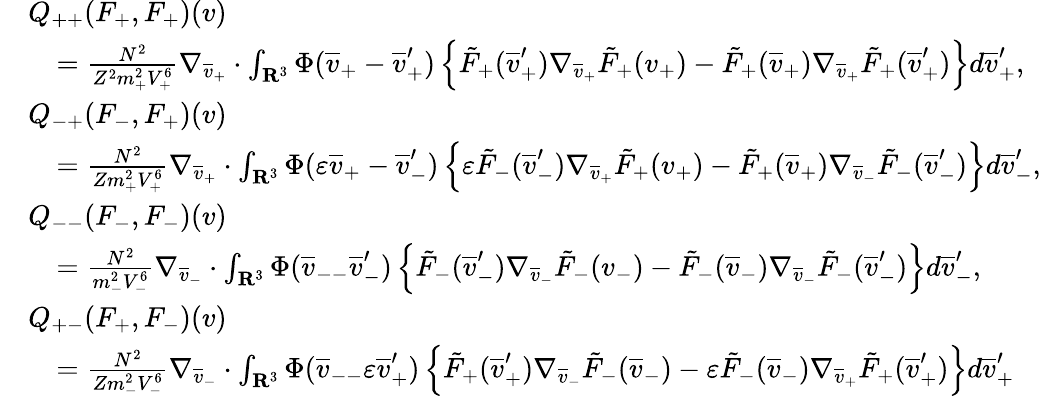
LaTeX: \begin{array}{rl}&{Q_{++}(F_{+},F_{+})(v)}\\ &{\quad=\frac{N^{2}}{Z^{2}m_{+}^{2}V_{+}^{6}}\nabla_{\overline{v}_{+}}\cdot\int_{\mathbf R^{3}}\Phi(\overline{v}_{+}-\overline{v}_{+}^{\prime})\left\{ \tilde{F}_{+}(\overline{v}_{+}^{\prime})\nabla_{\overline{v}_{+}}\tilde{F}_{+}(v_{+})-\tilde{F}_{+}(\overline{v}_{+})\nabla_{\overline{v}_{+}}\tilde{F}_{+}(\overline{v}_{+}^{\prime})\right\} d\overline{v}_{+}^{\prime},}\\ &{Q_{-+}(F_{-},F_{+})(v)}\\ &{\quad=\frac{N^{2}}{Zm_{+}^{2}V_{+}^{6}}\nabla_{\overline{v}_{+}}\cdot\int_{\mathbf R^{3}}\Phi(\varepsilon\overline{v}_{+}-\overline{v}_{-}^{\prime})\left\{ \varepsilon\tilde{F}_{-}(\overline{v}_{-}^{\prime})\nabla_{\overline{v}_{+}}\tilde{F}_{+}(v_{+})-\tilde{F}_{+}(\overline{v}_{+})\nabla_{\overline{v}_{-}}\tilde{F}_{-}(\overline{v}_{-}^{\prime})\right\} d\overline{v}_{-}^{\prime},}\\ &{Q_{--}(F_{-},F_{-})(v)}\\ &{\quad=\frac{N^{2}}{m_{-}^{2}V_{-}^{6}}\nabla_{\overline{v}_{-}}\cdot\int_{\mathbf R^{3}}\Phi(\overline{v}_{--}\overline{v}_{-}^{\prime})\left\{ \tilde{F}_{-}(\overline{v}_{-}^{\prime})\nabla_{\overline{v}_{-}}\tilde{F}_{-}(v_{-})-\tilde{F}_{-}(\overline{v}_{-})\nabla_{\overline{v}_{-}}\tilde{F}_{-}(\overline{v}_{-}^{\prime})\right\} d\overline{v}_{-}^{\prime},}\\ &{Q_{+-}(F_{+},F_{-})(v)}\\ &{\quad=\frac{N^{2}}{Zm_{-}^{2}V_{-}^{6}}\nabla_{\overline{v}_{-}}\cdot\int_{\mathbf R^{3}}\Phi(\overline{v}_{--}\varepsilon\overline{v}_{+}^{\prime})\left\{ \tilde{F}_{+}(\overline{v}_{+}^{\prime})\nabla_{\overline{v}_{-}}\tilde{F}_{-}(\overline{v}_{-})-\varepsilon\tilde{F}_{-}(\overline{v}_{-})\nabla_{\overline{v}_{+}}\tilde{F}_{+}(\overline{v}_{+}^{\prime})\right\} d\overline{v}_{+}^{\prime}}\end{array}